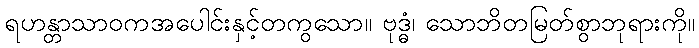
ရဟန္တာသာဝကအပေါင်းနှင့်တကွသော။ ဗုဒ္ဓံ၊ သောဘိတမြတ်စွာဘုရားကို။